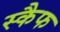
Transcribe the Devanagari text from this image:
स्कैफ